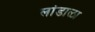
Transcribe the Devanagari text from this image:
लांडाळा